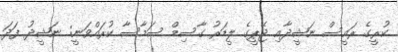
ކުރީގެ ރައީސް ނަޝީދާއި ޖޭޕީގެ ލީޑަރު ގާސިމް ސަމާސާ ކުރައްވަނީ: ނަޝީދު ފަދަ